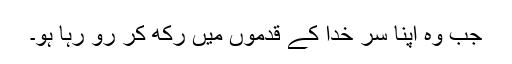
جب وہ اپنا سر خدا کے قدموں میں رکھ کر رو رہا ہو۔